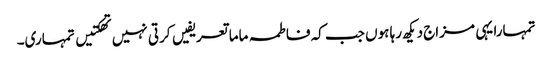
تمہارا یہی مزاج دیکھ رہا ہوں جب کہ فاطمہ ماما تعریفیں کرتی نہیں تھکتیں تمہاری۔